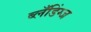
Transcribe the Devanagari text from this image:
ब्लँडिंग्ज